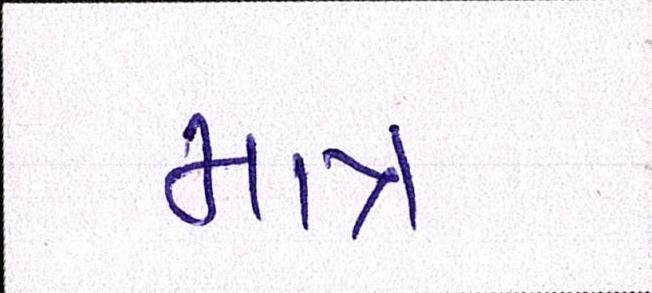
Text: માત્ર